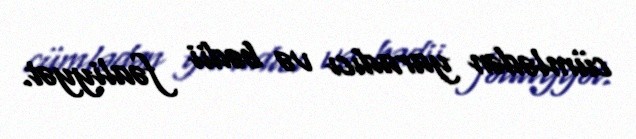
cümlədən yaradıcı və bədii fəaliyyət.